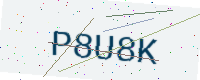
Text: P8U8K